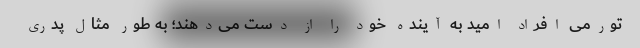
تورمی افراد امید به آینده خود را از دست می‌دهند؛ به طور مثال پدری